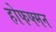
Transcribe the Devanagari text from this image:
होफफ्मन